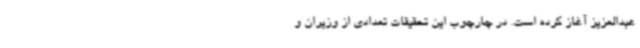
عبدالعزیز آغاز کرده است. در چارچوب این تحقیقات تعدادی از وزیران و